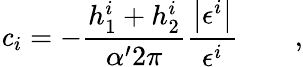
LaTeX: {\mathit c}_{i}=-\frac{h_{1}^{i}+h_{2}^{i}}{\alpha^{\prime}2\pi}\frac{\left|\epsilon^{i}\right|}{\epsilon^{i}}\qquad,